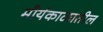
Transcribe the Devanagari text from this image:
मौर्यकाळातील